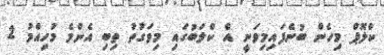
ކްލޮޕް މިހެން ބުނެފައިމިވަނީ އެ ކްލަބުގައި މިވަގުތު ތިބި އެންމެ މުހިއްމު 2